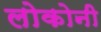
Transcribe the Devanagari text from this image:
लोकोनी